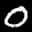
Label: 0